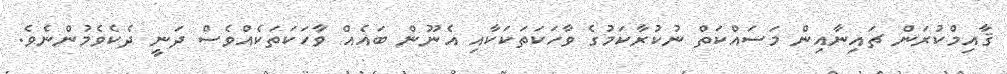
ޤާއިމްކުރަން ޗައިނާއިން މަސައްކަތް ނުކުރާކަމުގެ ވާހަކަތަކަކާއި އެނޫން ބައެއް ވާހަކަތަކެއްވެސް ދަނީ ދެކެވެމުންނެވެ.